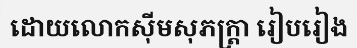
ដោយលោកស៊ីមសុភក្ត្រា រៀបរៀង